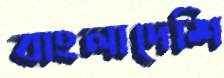
বাংলাদেশি